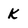
Character: K